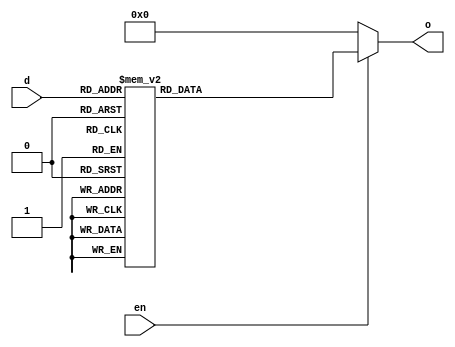
`timescale 1ns / 1ns
//////////////////////////////////////////////////////////////////////////////////
// Company: 
// Engineer: 
// 
// Design Name: 
// Module Name: decoder3_8
// Project Name: 
// Target Devices: 
// Tool Versions: 
// Description: 
// 
// Dependencies: 
// 
// Revision:
// Revision 0.01 - File Created
// Additional Comments:
// 
//////////////////////////////////////////////////////////////////////////////////


module decoder3_8(
    input [2:0] d,
    input en,
    output reg [7:0] o
    );
    
    always @(*) begin
            if (en) begin
                   case (d)
                        3'd7: o=8'd1;
                        3'd6: o=8'd2;
                        3'd5: o=8'd4;
                        3'd4: o=8'd8;
                        3'd3: o=8'd16;
                        3'd2: o=8'd32;
                        3'd1: o=8'd64;
                        3'd0: o=8'd128;
                       endcase
               end
               else
                    o=8'd0;
               end
endmodule